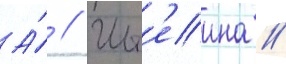
А́ // Шт'еина /